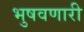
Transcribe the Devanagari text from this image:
भुषवणारी